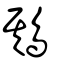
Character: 䳢